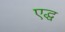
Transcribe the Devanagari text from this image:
एद्ध